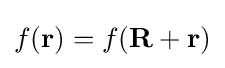
f(\mathbf {r} )=f(\mathbf {R} +\mathbf {r} )